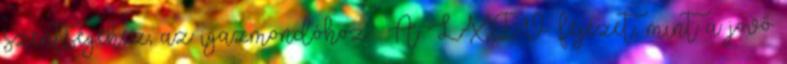
szentségéhez, az igazmondóhoz.» A LXIV. fejezet, mint a jövő